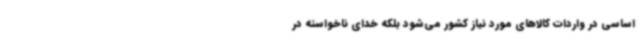
اساسی در واردات کالاهای مورد نیاز کشور می‌شود بلکه خدای ناخواسته در